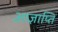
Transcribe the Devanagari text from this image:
आज्ञाप्ति